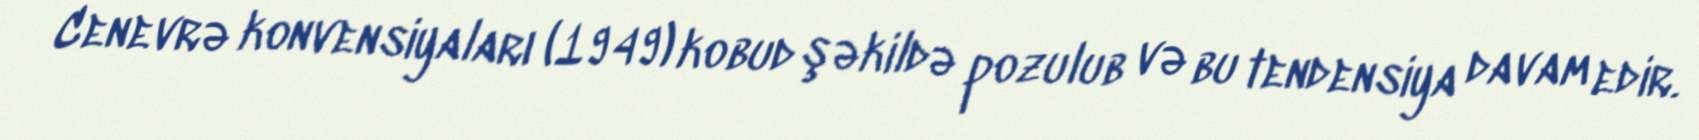
Cenevrə konvensiyaları (1949) kobud şəkildə pozulub və bu tendensiya davam edir.